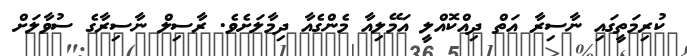
ކުރިމަތީގައި ނާސިރާ އަތް ދިއްކޮއްލީ އަމޭލިއާ މެންގެއާ ދިމާލަށެވެ. ރާސިލް ނާސިރާގެ ސުވާލަށް